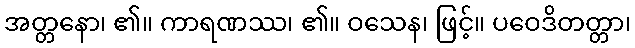
အတ္တနော၊ ၏။ ကာရဏဿ၊ ၏။ ဝသေန၊ ဖြင့်။ ပဝေဒိတတ္တာ၊